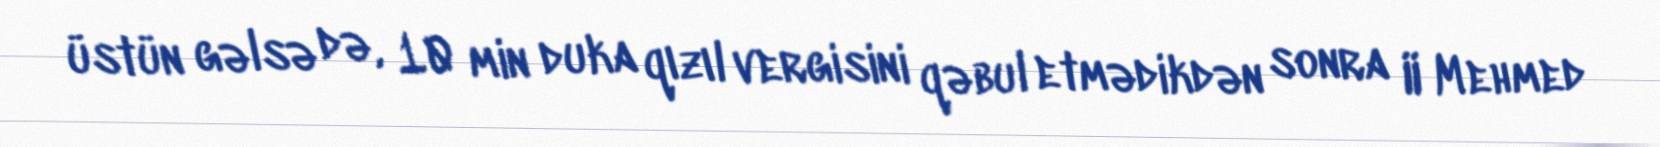
üstün gəlsə də, 10 min duka qızıl vergisini qəbul etmədikdən sonra II Mehmed